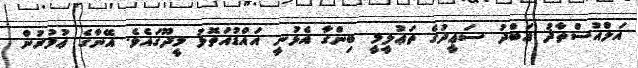
އަލްއުސްތާޛު ޢަބްދު ސަޢީދުގެ ތަޢުލީމީ ބިންގާ އެޅުނީ އައްޑުއަތޮޅު މީދޫގައެވެ. އޭނާގެ ޢުމުރުން